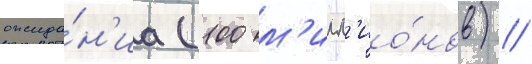
ожида́н'иа (100 м'илл'ио́нов) //